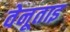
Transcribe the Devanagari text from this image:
वेनूताइ